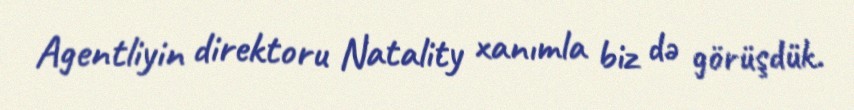
Agentliyin direktoru Natality xanımla biz də görüşdük.